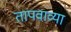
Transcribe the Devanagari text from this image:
तापवाव्या